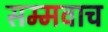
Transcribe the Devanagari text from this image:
सम्मवाच